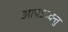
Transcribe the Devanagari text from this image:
आपऽउदन्तु